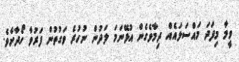
ވީމާ މިފަދަ މައްސަލައެއް ދިމާވެގެން އުޅޭނަމަ ލަދުން ނުހުރެ ވަގުތުން ފަރުވާ ހޯދާށެވެ.